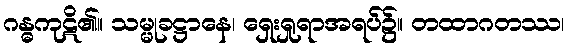
ဂန္ဓကုဋိ၏။ သမ္မုခဋ္ဌာနေ၊ ရှေးရှုရာအရပ်၌။ တထာဂတဿ၊